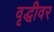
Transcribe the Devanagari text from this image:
वृद्धीवर